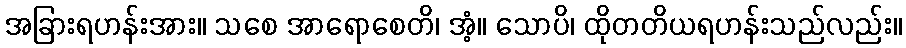
အခြားရဟန်းအား။ သစေ အာရောစေတိ၊ အံ့။ သောပိ၊ ထိုတတိယရဟန်းသည်လည်း။